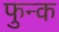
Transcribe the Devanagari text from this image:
फुन्क